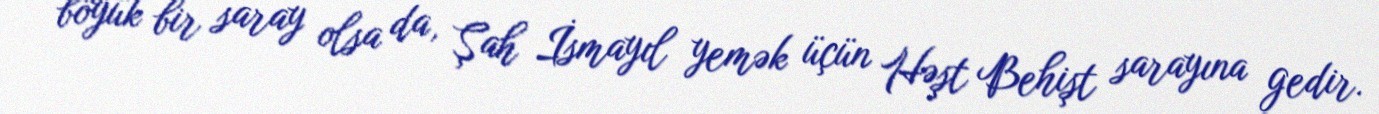
böyük bir saray olsa da, Şah İsmayıl yemək üçün Həşt Behişt sarayına gedir.